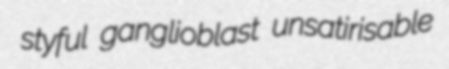
styful ganglioblast unsatirisable